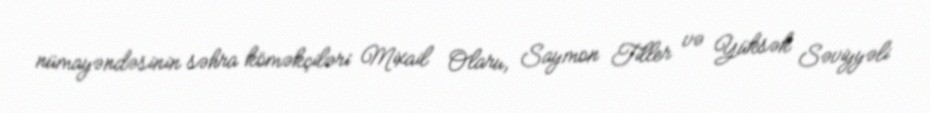
nümayəndəsinin səhra köməkçiləri Mixail Olaru, Saymon Tiller və Yüksək Səviyyəli